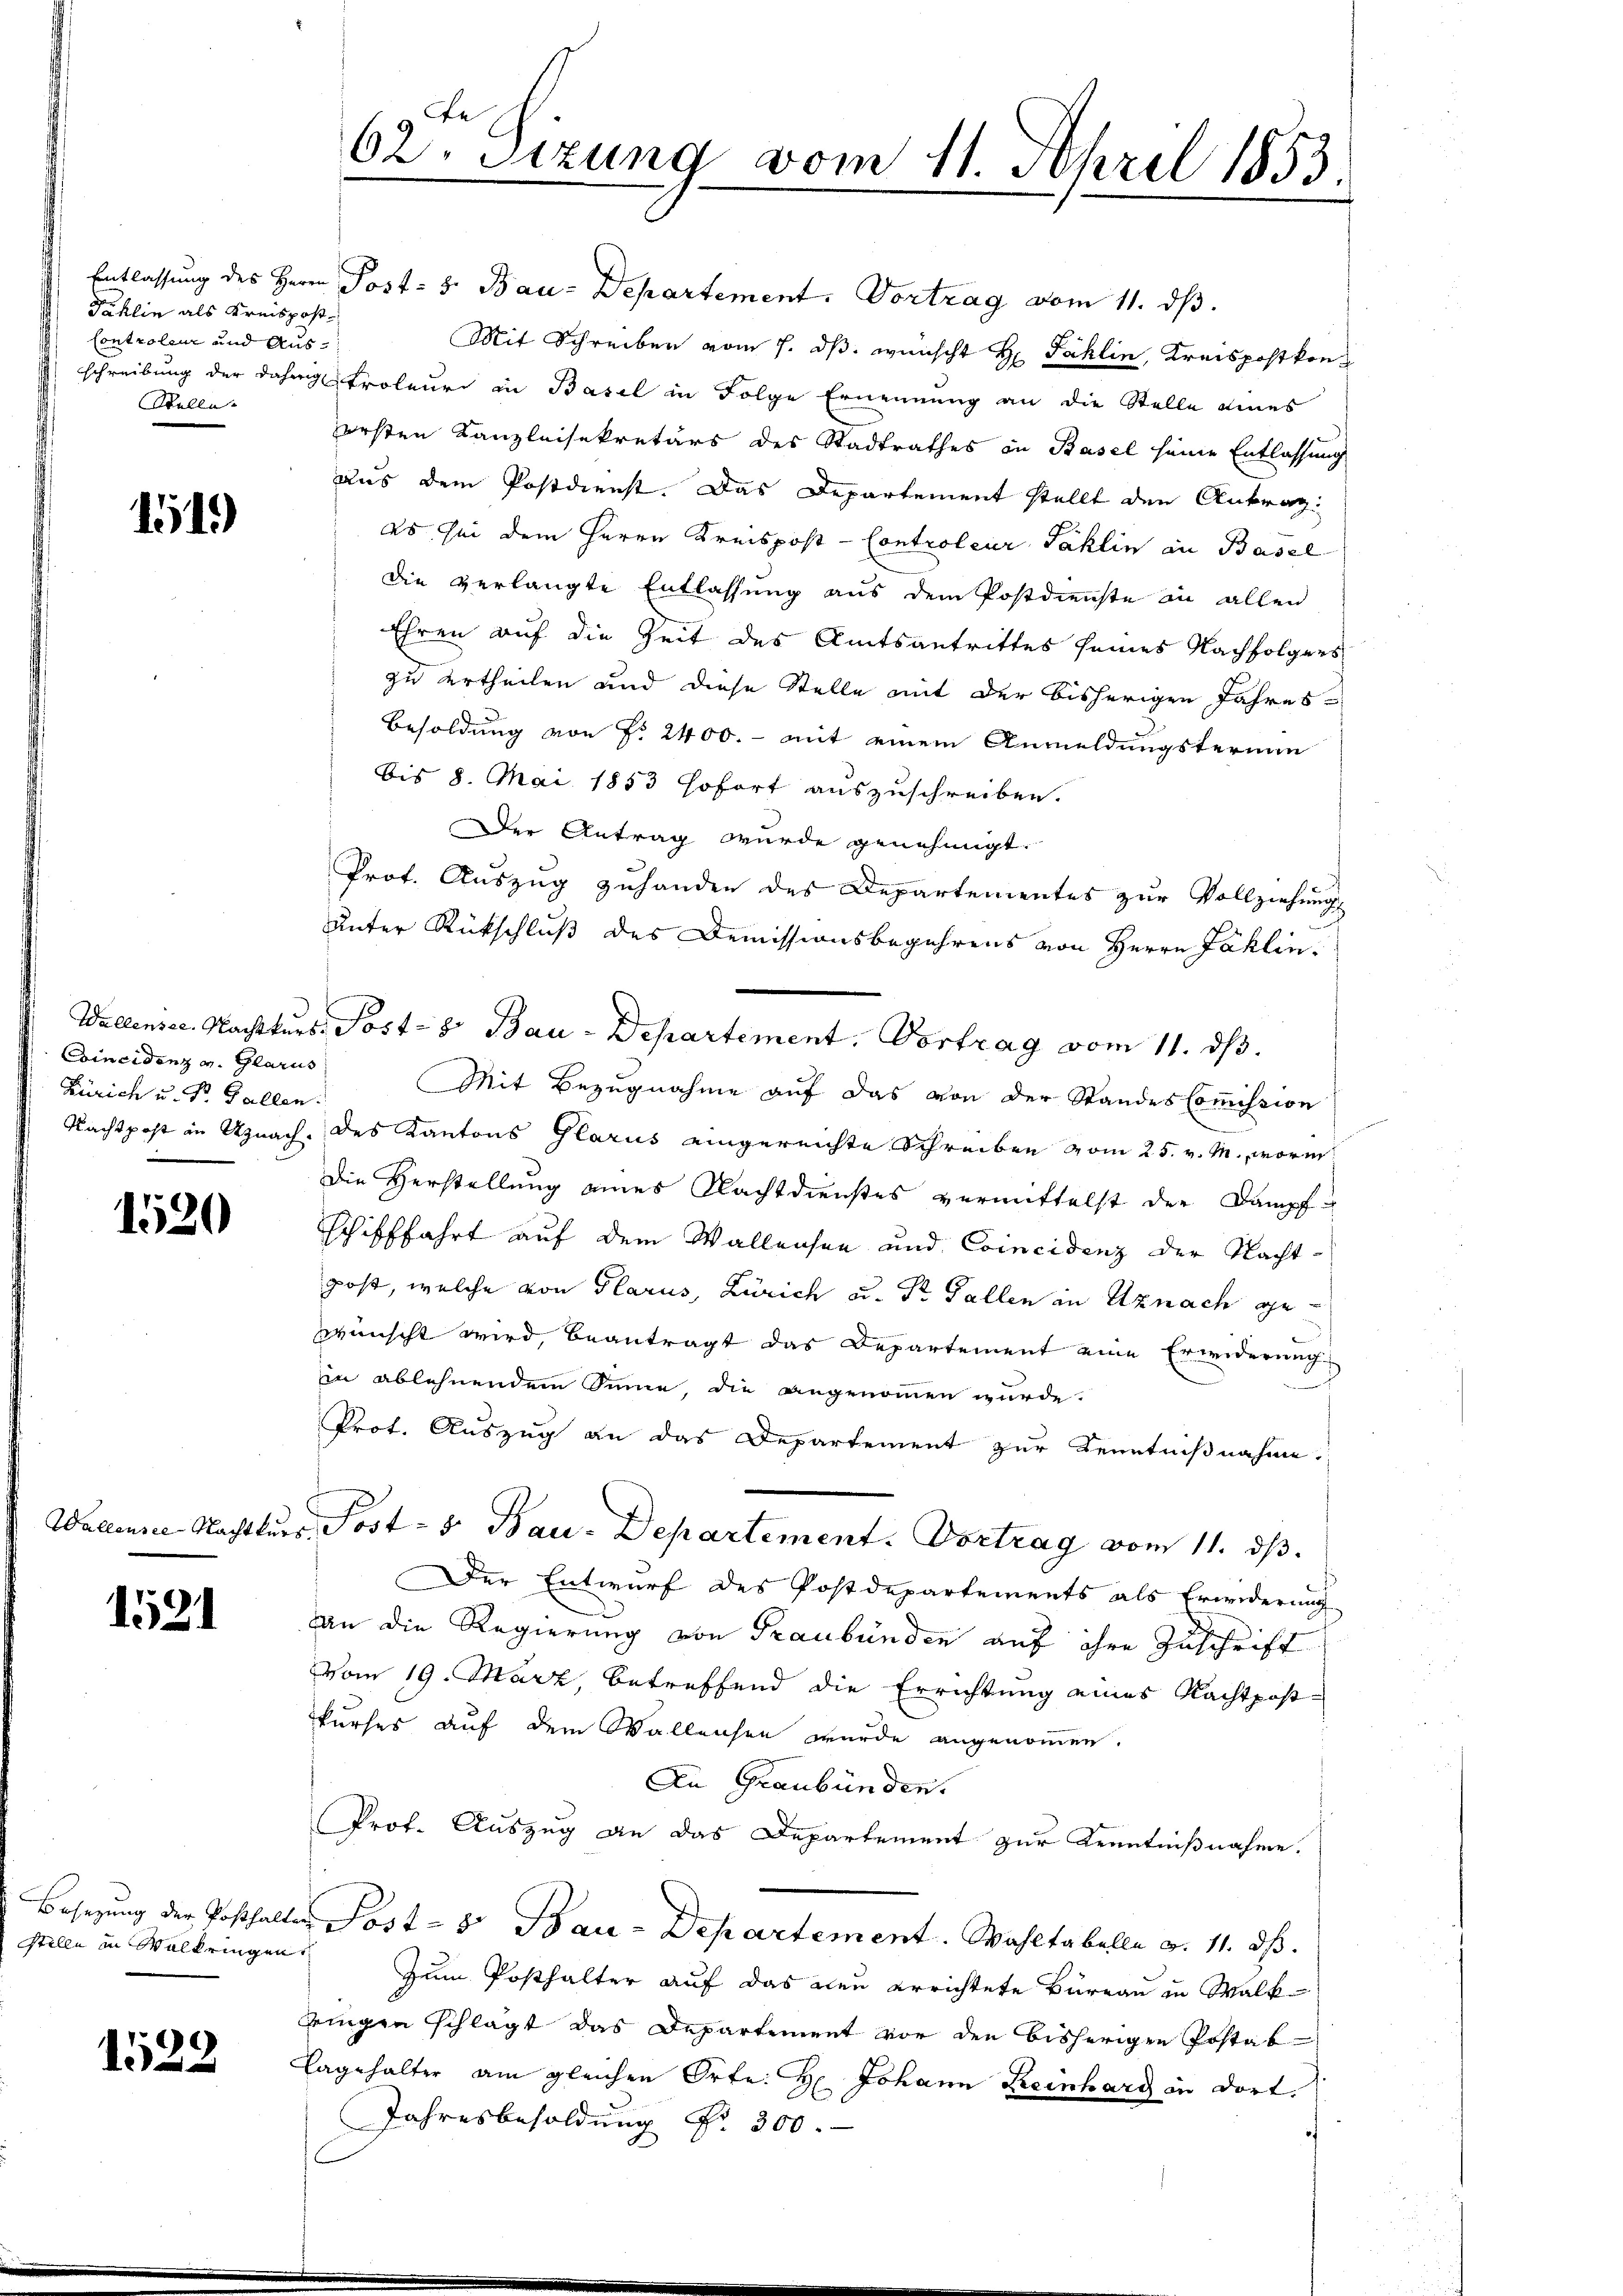
Tahlin als Kreispos¬
Controleur und Aus¬
Stelle

151)

Coincidenz v. Glarus
Zürich u. Dr. Gallen.

1520

1521

Stelle in Walkringen,

1522

Entlassung des Herrn Post- 5. Bau-Departement. Vortrag vom 11. ds.
Mit Schreiben vom 7. dβ. wünscht Hr. Fahlin, Kreispostkonschreibung der daher Proleur in Basel in Folge Ernennung an die Stelle eines
ersten Kanzleisekretärs des Stadtrathes in Basel seine Entlassung
aus dem Postdienst. Das Departement stellt den Antrag:
es sei dem Herrn Kreispost-Controleur Faklin an Basel
die verlangte Entlassung aus dem Postdienste in allen
Ehren auf die Zeit des Amtsantrittes seines Nachfolgers
zu ertheilen und diese Stelle mit der bisherigen Jahres¬
Besoldung von §. 2400. - mit einem Anmeldungstermin
bis 8. Mai 1853 sofort auszuschreiben.
Der Antrag wurde genehmigt.
Prot. Auszug zuhanden des Departementes zur Vollziehungs
unter Rückschluß des Demissionsbegehrens von Herrn Jaklin¬
Wallensec. Nachkurs Post- 8. Bau-Departement. Vortrag vom 11. ds.
Mit Bezugnahme auf das von der Standes Commission
Nachtpost in Uznach, des Kantons Glarus eingereichte Schreiben vom 25. v. M., worin
Die Verstellung eines Nachtdienstes vermittelst der Dampf
schifffahrt auf dem Wallensen und Coincidenz der Nacht-
post, welche von Glarus, Zürich u. Dr Fallen in Uznach gewünscht wird, beantragt das Departement eine Erwiderung
in ablehnendem Sinne, die angenommen wurde.
Prot. Auszug an das Departement zur Kenntnißnahme.
Wallensee Nachtkurs Post - 5. Bau-Departement. Vortrag vom 11. ds.
Der Entwurf des Postdepartements als Erwiderung
an die Regierung von Graubünden auf ihre Zuschrift
vom 19. März, betreffend die Errichtung eines Nachtpost-
Surser auf dem Wallensen wurde angenommen
In Graubünden.
Prof. Auszug an das Departement zur Kenntnißnahme.
Besetzung der Posthalter Post- & Bau-Departement. Wahltabelle v. 11. ds.
Zum Posthalter auf das neu errichtete Büreau in Walkbringen schlägt das Departement vor den bisherigen Postab
lagehalter am gleichen Orte. H. Johann Reinhard in dort.
Jahresbesoldung Nr. 300.

62. Sizung vom 11. April 1853.